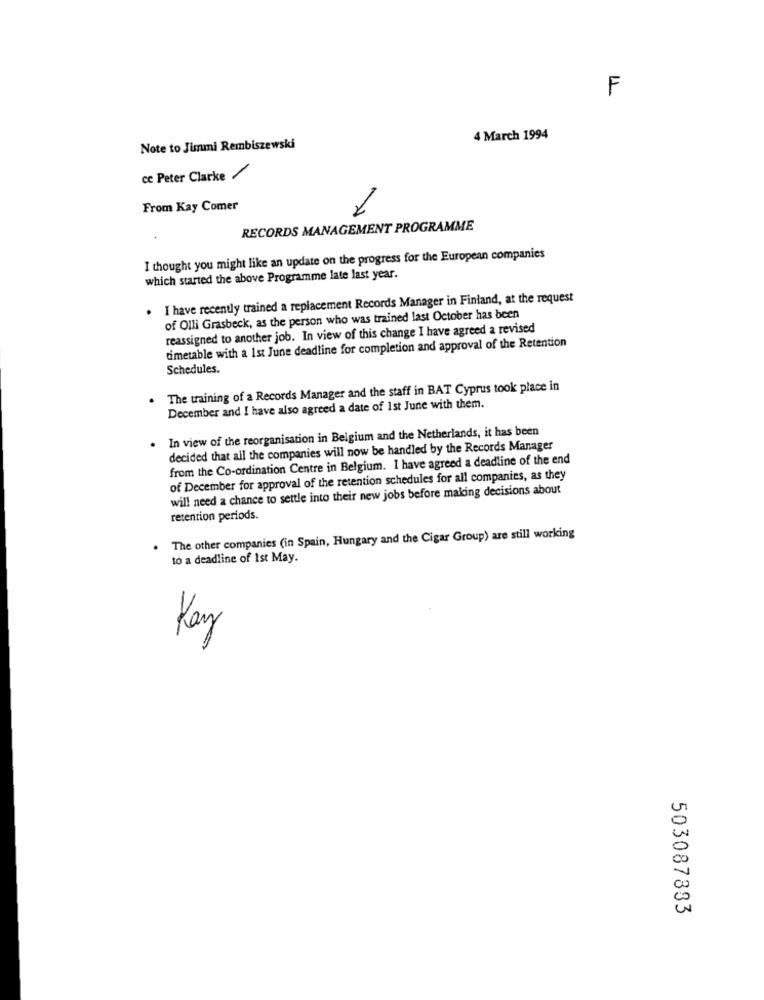
F
4 March 1994
Note to Jimmi Rembiszewski
ce Peter Clarke /
From Kay Comer
RECORDS MANAGEMENT PROGRAMME
I thought you might like an update on the progress for the European companies
which started the above Programme late last year.
I have recently trained a replacement Records Manager in Finland, at the request
of Olli Grasbeck, as the person who was trained last October has been
reassigned to another job. In view of this change I have agreed a revised
timetable with a Ist June deadline for completion and approval of the Retention
Schedules.
The training of a Records Manager and the staff in BAT Cyprus took place in
December and I have also agreed a date of 1st June with them.
In view of the reorganisation in Belgium and the Netherlands, it has been
decided that all the companies will now be handled by the Records Manager
from the Co-ordination Centre in Belgium. I have agreed a deadline of the end
of December for approval of the retention schedules for all companies, as they
will need a chance to settle into their new jobs before making decisions about
retention periods.
The other companies (in Spain, Hungary and the Cigar Group) are still working
to a deadline of Ist May.
Kay
503087833